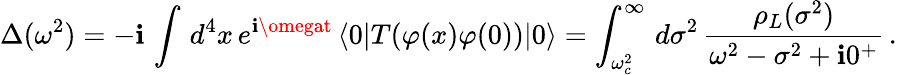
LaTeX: \Delta(\omega^{2})=-\mathbf{i}\, \int\, d^{4}x\, e^{\mathbf{i}\omegat}\, \langle0|T(\varphi(x)\varphi(0))|0\rangle=\int_{\omega_{c}^{2}}^{\infty}\, d\sigma^{2}\, \frac{{\rho_{L}(\sigma^{2})}}{{\omega^{2}-\sigma^{2}+\mathbf{i}0^{+}}}\, .